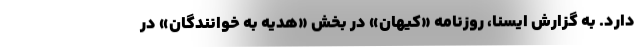
دارد. به گزارش ایسنا، روزنامه «کیهان» در بخش «هدیه به خوانندگان» در